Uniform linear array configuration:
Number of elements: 24
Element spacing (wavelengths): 0.25
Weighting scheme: hann
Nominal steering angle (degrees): -15
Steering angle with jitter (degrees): -14.009
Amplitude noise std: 0.05
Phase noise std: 0.05

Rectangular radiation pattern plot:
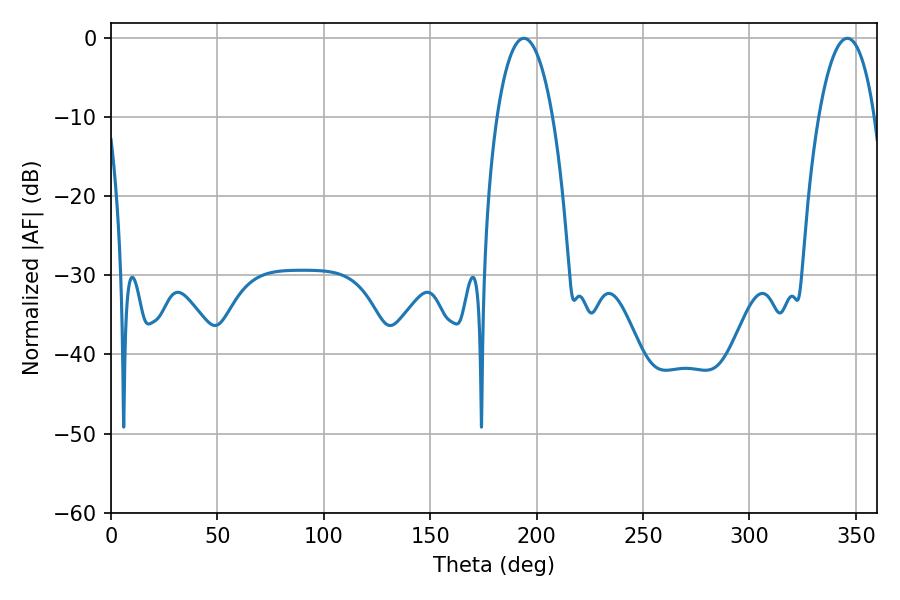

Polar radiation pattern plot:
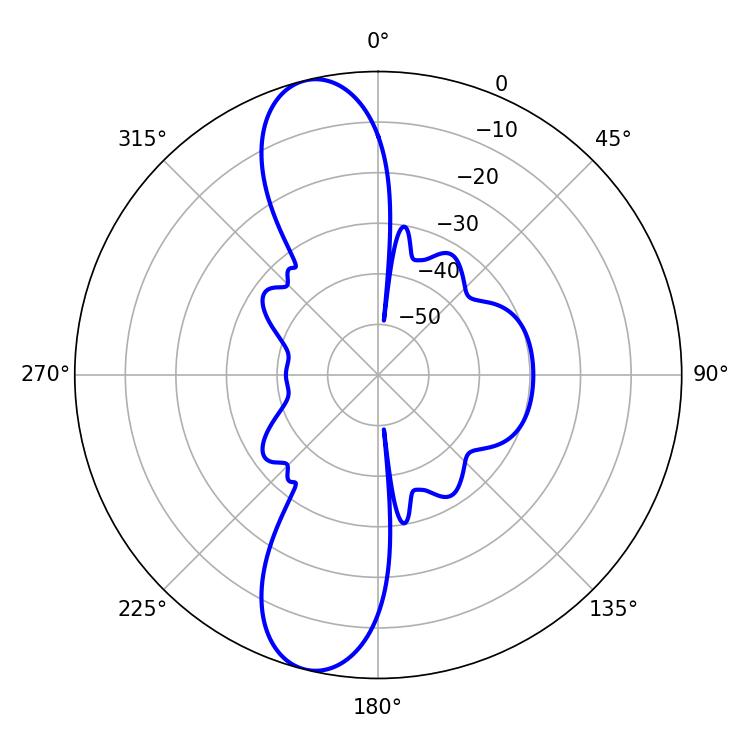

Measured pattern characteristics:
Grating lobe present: FALSE
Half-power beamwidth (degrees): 14.58
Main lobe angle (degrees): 194.04